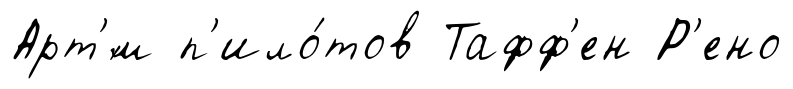
Арт'́м п'ило́тов Тафф'ен Р'ено